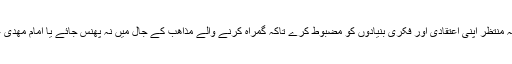
دوسرے الفاظ میں یوں عرض کیا جائے کہ صحیح انتظار اس بات کا تقاضا کرتا ھے کہ منتظر اپنی اعتقادی اور فکری بنیادوں کو مضبوط کرے تاکہ گمراہ کرنے والے مذاھب کے جال میں نہ پھنس جائے یا امام مھدی علیہ السلام کی طولانی غیبت کی وجہ سے یاس و ناامیدی کے دلدل میں نہ پھنس جائے۔